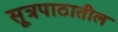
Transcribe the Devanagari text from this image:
सूत्रपाठातील